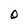
Character: O